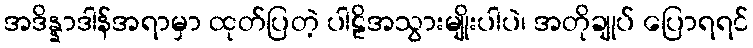
အဒိန္နာဒါန်အရာမှာ ထုတ်ပြတဲ့ ပါဠိအသွားမျိုးပါပဲ၊ အတိုချုပ် ပြောရရင်